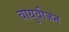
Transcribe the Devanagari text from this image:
वायुवीजन